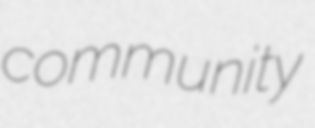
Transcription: community